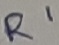
Text: R1